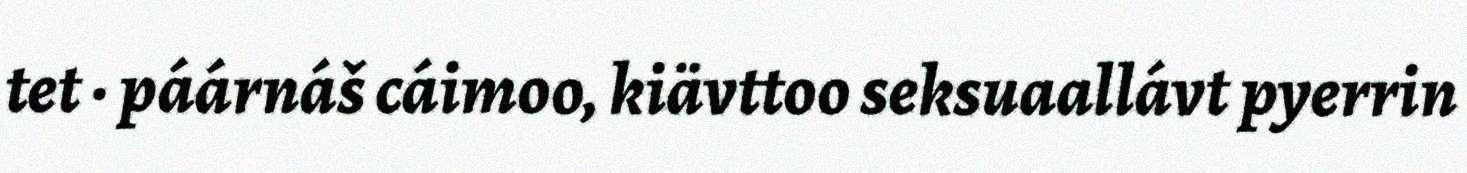
tet · páárnáš cáimoo, kiävttoo seksuaallávt pyerrin